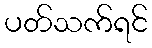
ပတ်သက်ရင်